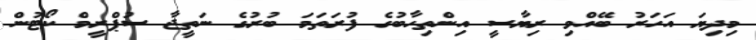
މިދިޔަ އަހަރު ބޭއްވި ރިޔާސީ އިންތިހާބުގެ ފުރަތަމަ ބުރުގެ ނަތީޖާ ސުޕްރީމް ކޯޓުން